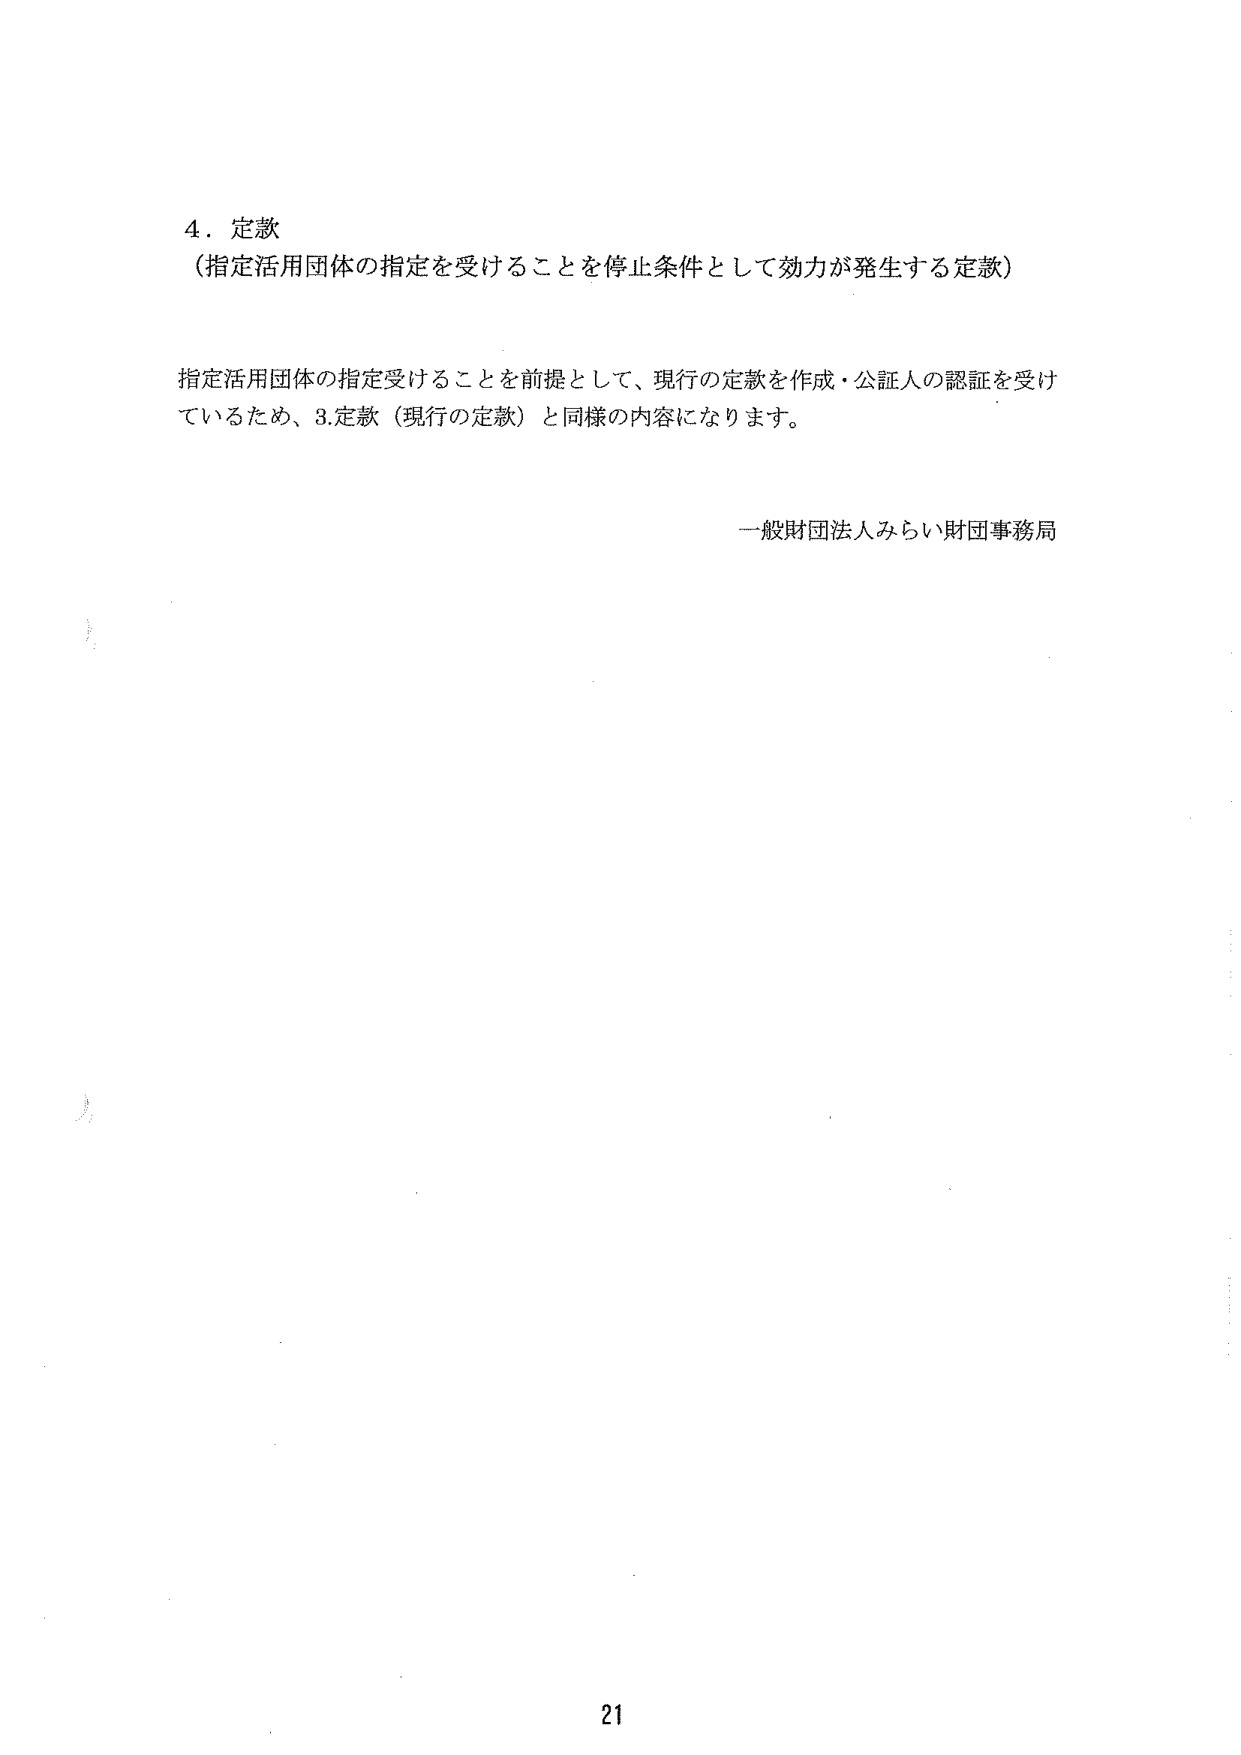
4．定款
（指定活用団体の指定を受けることを停止条件として効力が発生する定款）

指定活用団体の指定受けることを前提として、現行の定款を作成・公証人の認証を受けているため、3.定款（現行の定款）と同様の内容になります。

一般財団法人みらい財団事務局

21